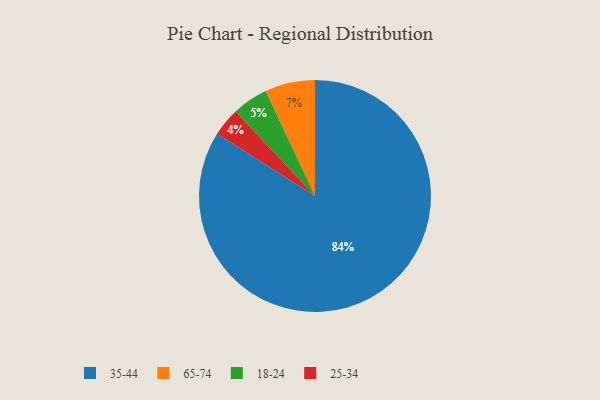
{"axis": {"x": "Category", "y": "Percentage"}, "legend": ["18-24", "25-34", "35-44", "65-74"], "data": [{"x": "35-44", "y": 84, "type": "35-44"}, {"x": "18-24", "y": 5, "type": "18-24"}, {"x": "65-74", "y": 7, "type": "65-74"}, {"x": "25-34", "y": 4, "type": "25-34"}]}